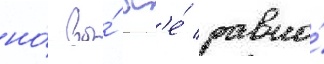
но́ вы́ вс'е́ равно́